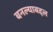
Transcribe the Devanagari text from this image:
बनल्याबद्दल